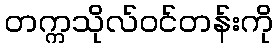
တက္ကသိုလ်ဝင်တန်းကို